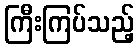
ကြီးကြပ်သည့်